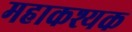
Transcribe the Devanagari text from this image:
महाकश्यक